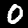
Digit: 0